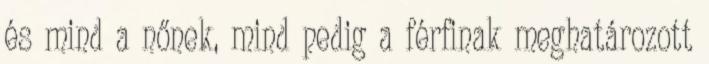
és mind a nőnek, mind pedig a férfinak meghatározott